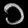
Digit: ၁